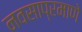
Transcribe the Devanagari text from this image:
नवसाप्रमाणे